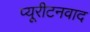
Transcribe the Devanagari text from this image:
प्यूरीटनवाद